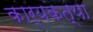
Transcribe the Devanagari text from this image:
कार्यकत्या